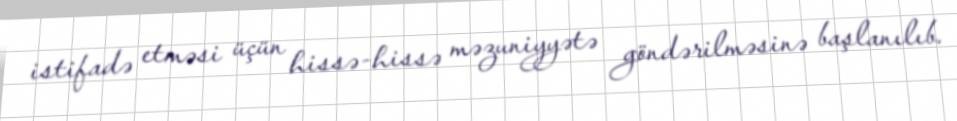
istifadə etməsi üçün hissə-hissə məzuniyyətə göndərilməsinə başlanılıb.